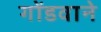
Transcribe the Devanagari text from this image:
गोंडवाने